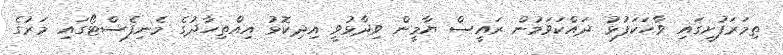
ތިމަރަފުށީގައި ވާހަކަފުޅު ދައްކަވަމުން ރައީސް ޔާމީން ވިދާޅުވީ އިދިކޮޅު އިއްތިހާދުގެ މެނިފެސްޓޯގައި މަރުގެ